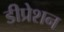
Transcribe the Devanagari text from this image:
डीप्रेशन